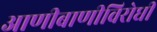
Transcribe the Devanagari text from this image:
आणीबाणीविरोधी